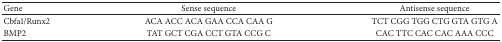
| Gene | Sense sequence | Antisense sequence |
 | --- | --- | --- |
 | Cbfa1/Runx2 | ACA ACC ACA GAA CCA CAA G | TCT CGG TGG CTG GTA GTG A |
 | BMP2 | TAT GCT CGA CCT GTA CCG C | CAC TTC CAC CAC AAA CCC |